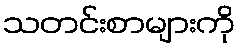
သတင်းစာများကို